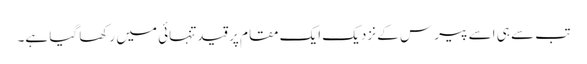
تب سے ہی اسے پیرس کے نزدیک ایک مقام پر قیدتنہائی میں رکھا گیا ہے۔